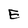
Character: E